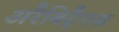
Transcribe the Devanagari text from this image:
अरैबिट्रैगस